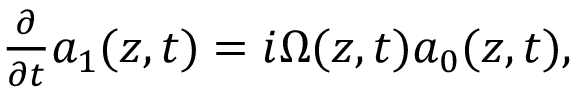
\begin{array} { r } { \frac { \partial } { \partial t } a _ { 1 } ( z , t ) = i \Omega ( z , t ) a _ { 0 } ( z , t ) , } \end{array}